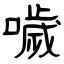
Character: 噦